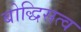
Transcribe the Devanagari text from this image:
बोद्धिसत्व